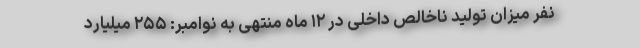
نفر میزان تولید ناخالص داخلی در ۱۲ ماه منتهی به نوامبر: ۲۵۵ میلیارد